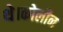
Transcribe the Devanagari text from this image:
थे।कोलीन